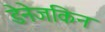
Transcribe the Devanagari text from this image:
डेनेजकिन